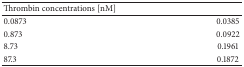
| Thrombin concentrations [nM] |  |
 | --- | --- |
 | 0.0873 | 0.0385 |
 | 0.873 | 0.0922 |
 | 8.73 | 0.1961 |
 | 87.3 | 0.1872 |